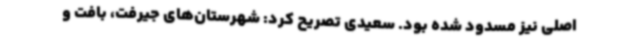
اصلی نیز مسدود شده بود. سعیدی تصریح کرد: شهرستان‌های جیرفت، بافت و